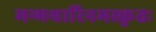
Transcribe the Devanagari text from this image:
मन्मथारिनमस्कृतः